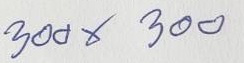
300 x 300